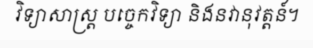
វិទ្យាសាស្ត្រ បច្ចេកវិទ្យា និងនវានុវត្តន៍។